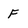
Character: f